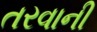
તરવાની